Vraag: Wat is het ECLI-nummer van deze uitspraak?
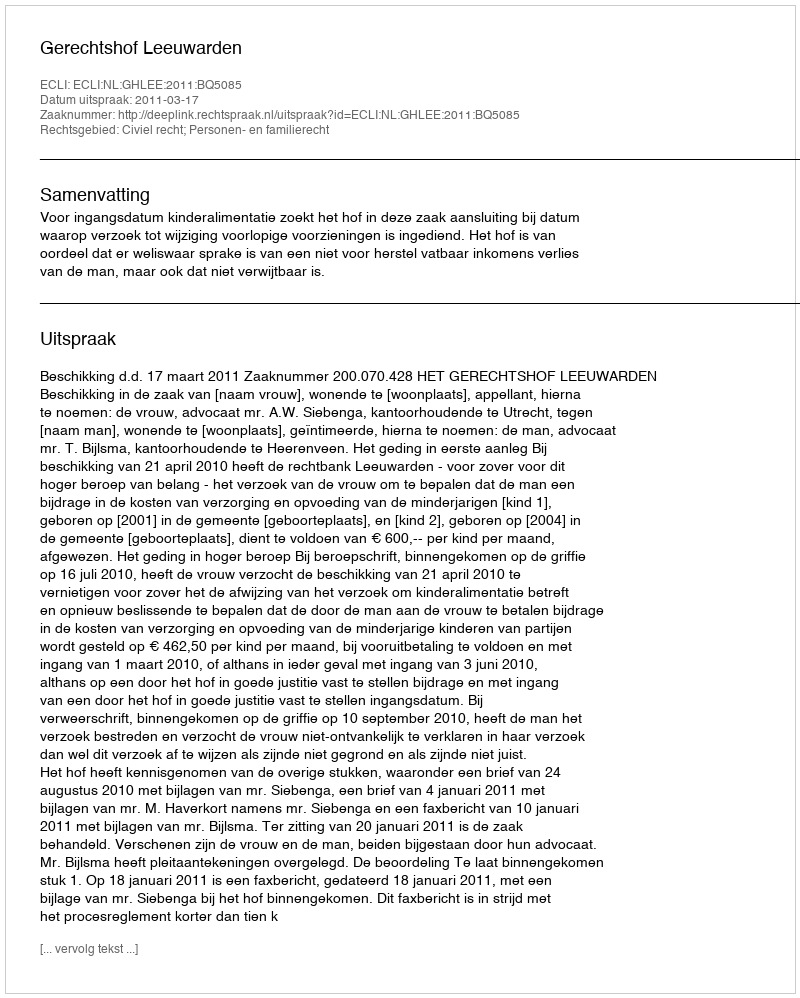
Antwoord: ECLI:NL:GHLEE:2011:BQ5085